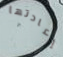
إعادتها